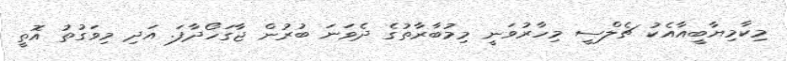
މިކާމިޔާބީއާއެކު ޗެލްސީ މިހާރުވަނީ މިމުބާރާތުގެ ދެވަނަ ބުރުން ޖާގަހޯދާފަ. އަދި މިވަގުތު އޮތީ